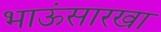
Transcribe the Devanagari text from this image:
भाऊंसारखा